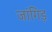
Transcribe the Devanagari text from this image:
जांगिड़